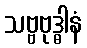
သဗ္ဗဗုဒ္ဓါနံ